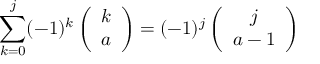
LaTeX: \sum _ { k = 0 } ^ { j } ( - 1 ) ^ { k } \left( \begin{array} { c } { { k } } \\ { { a } } \end{array} \right) = ( - 1 ) ^ { j } \left( \begin{array} { c } { { j } } \\ { { a - 1 } } \end{array} \right)